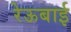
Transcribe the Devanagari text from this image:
रेऊबाई